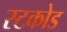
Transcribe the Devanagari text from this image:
स्टकोड